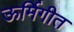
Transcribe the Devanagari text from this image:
ऊर्मिगीत